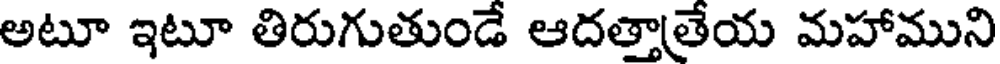
అటూ ఇటూ తిరుగుతుండే ఆదత్తాతేయ మహాముని